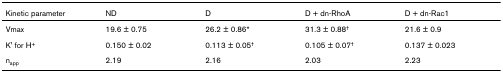
| Kinetic parameter | ND | D | D + dn-RhoA | D + dn-Rac1 |
 | --- | --- | --- | --- | --- |
 | Vmax | 19.6 ± 0.75 | 26.2 ± 0.86* | 31.3 ± 0.88† | 21.6 ± 0.9 |
 | K' for H+ | 0.150 ± 0.02 | 0.113 ± 0.05† | 0.105 ± 0.07† | 0.137 ± 0.023 |
 | napp | 2.19 | 2.16 | 2.03 | 2.23 |